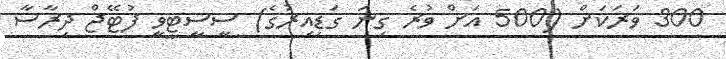
300 ވަރަކަށް (500 އަށް ވުރެ ގިނަ ގަޑިއިރުގެ) ސީސީޓީވީ ފުޓޭޖް ދިރާސާ